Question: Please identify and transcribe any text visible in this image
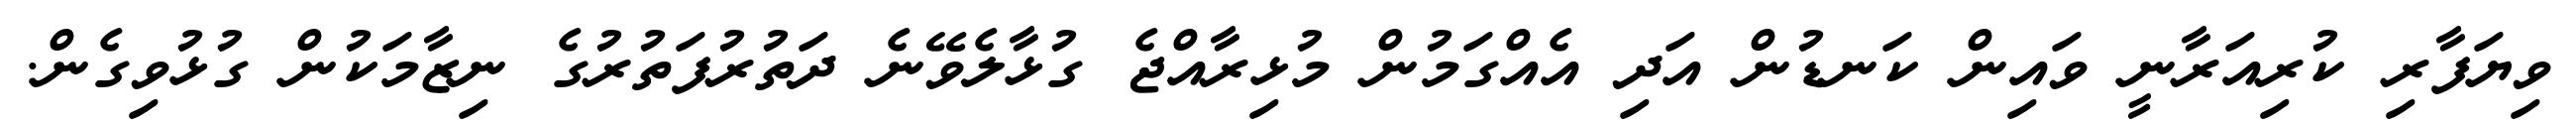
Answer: ވިޔަފާރި ކުރިއަރާނީ ވައިން ކަނޑުން އަދި އެއްގަމުން މުޅިރާއްޖެ ގުޅާލެވޭނެ ދަތުރުފަތުރުގެ ނިޒާމަކުން ގުޅުވިގެން.